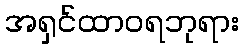
အရှင်ထာဝရဘုရား